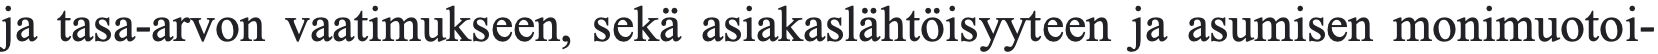
ja tasa-arvon vaatimukseen, sekä asiakaslähtöisyyteen ja asumisen monimuotoi-